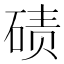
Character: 碛